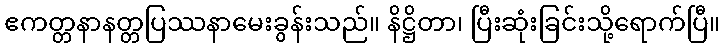
ဧကတ္တနာနတ္တပြဿနာမေးခွန်းသည်။ နိဋ္ဌိတာ၊ ပြီးဆုံးခြင်းသို့ရောက်ပြီ။